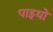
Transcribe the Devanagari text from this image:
पाइथो